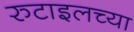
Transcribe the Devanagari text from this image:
रुटाइलच्या